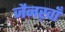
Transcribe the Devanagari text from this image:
जैनख़ाँ